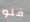
فلو